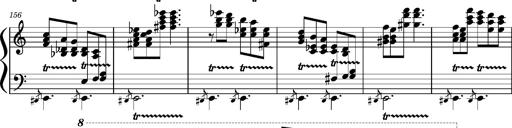
Title: Concerto sans orchestre, S.524a
Composer: Franz Liszt
Key: A major